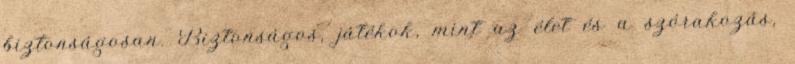
biztonságosan. Biztonságos, játékok, mint az élet és a szórakozás,